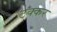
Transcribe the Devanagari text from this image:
ठक्‍कर